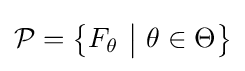
{\mathcal {P}}={\big \{}F_{\theta }\ {\big |}\ \theta \in \Theta {\big \}}